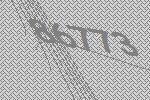
86773